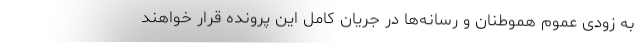
به زودی عموم هموطنان و رسانه‌ها در جریان کامل این پرونده قرار خواهند